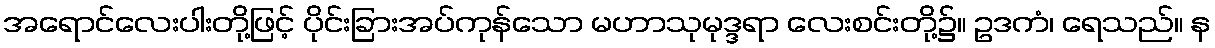
အရောင်လေးပါးတို့ဖြင့် ပိုင်းခြားအပ်ကုန်သော မဟာသုမုဒ္ဒရာ လေးစင်းတို့၌။ ဥဒကံ၊ ရေသည်။ န